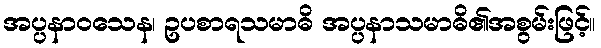
အပ္ပနာဝသေန၊ ဥပစာရသမာဓိ အပ္ပနာသမာဓိ၏အစွမ်းဖြင့်။